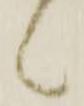
候